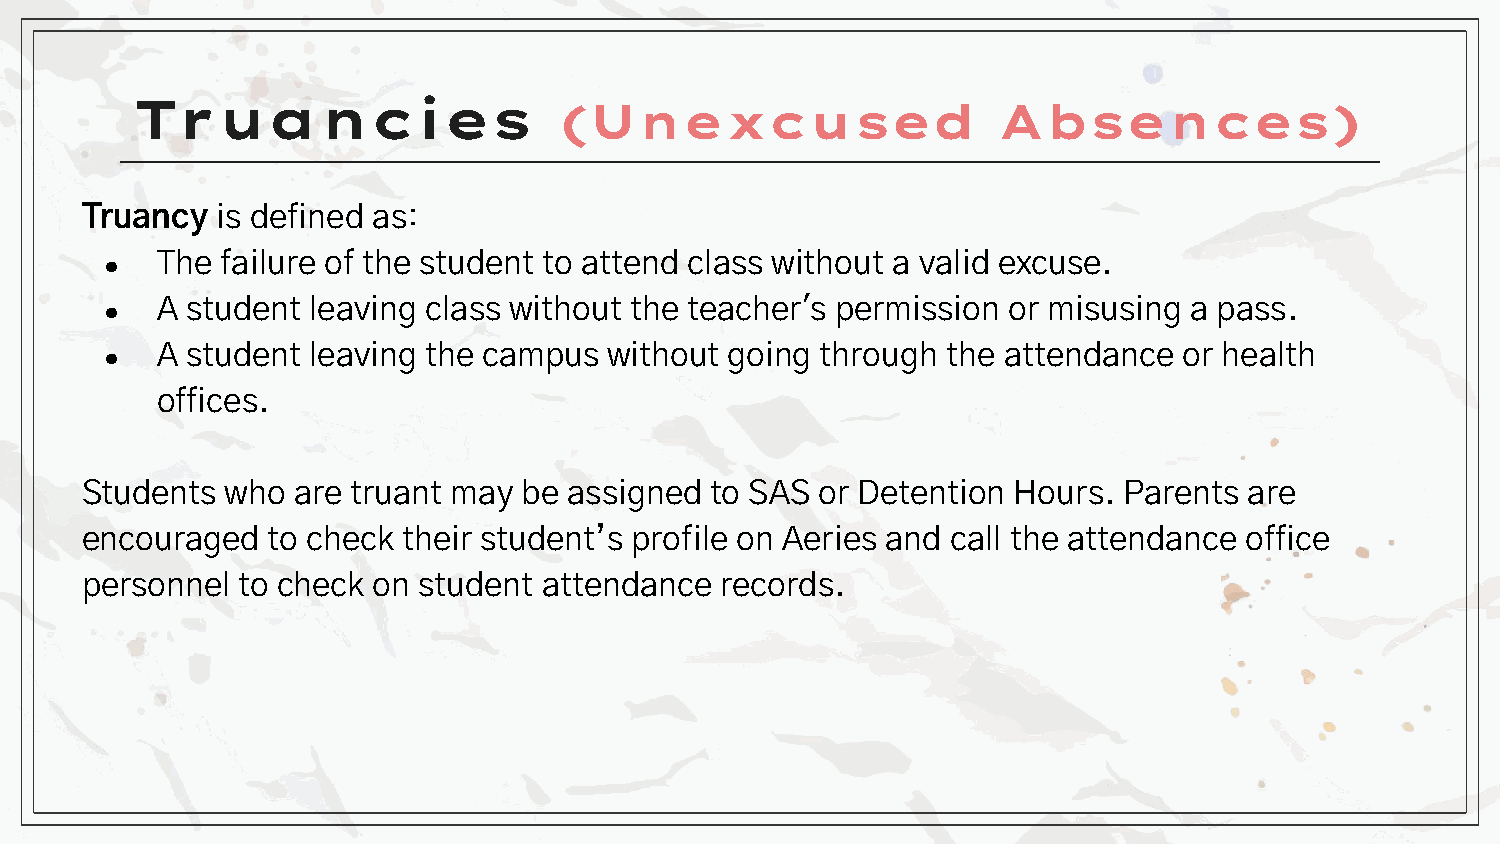
Truancies                   (Unexcused                   Absences)
 Truancy  is defined as:
 The  failure of the student to attend class without a valid excuse.
 ●
 A student leaving class without the teacher's permission or misusing a pass.
 ●
 A student leaving the campus  without going through  the attendance or health
 ●
 offices.
 Students  who are truant may  be assigned to SAS or Detention Hours. Parents  are
 encouraged   to check their student’s profile on Aeries and call the attendance office
 personnel  to check on student attendance  records.